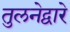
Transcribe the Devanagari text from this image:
तुलनेद्वारे